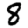
Digit: 8